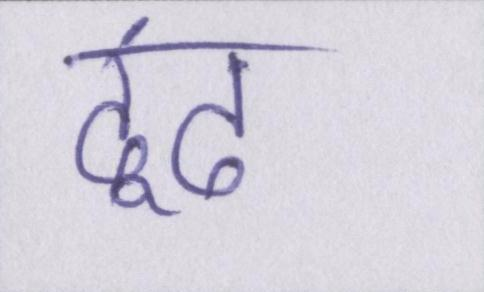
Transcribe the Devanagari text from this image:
ढूंढ